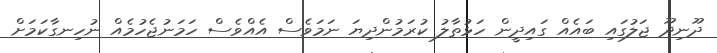
ދޫނިދޫ ޖަލުގައި ބައެއް ގައިދީން ހަޅުތާލު ކުރަމުންދިޔަ ނަމަވެސް އެއްވެސް ހަމަނުޖެހުމެއްް ނުހިނގާކަމަށް